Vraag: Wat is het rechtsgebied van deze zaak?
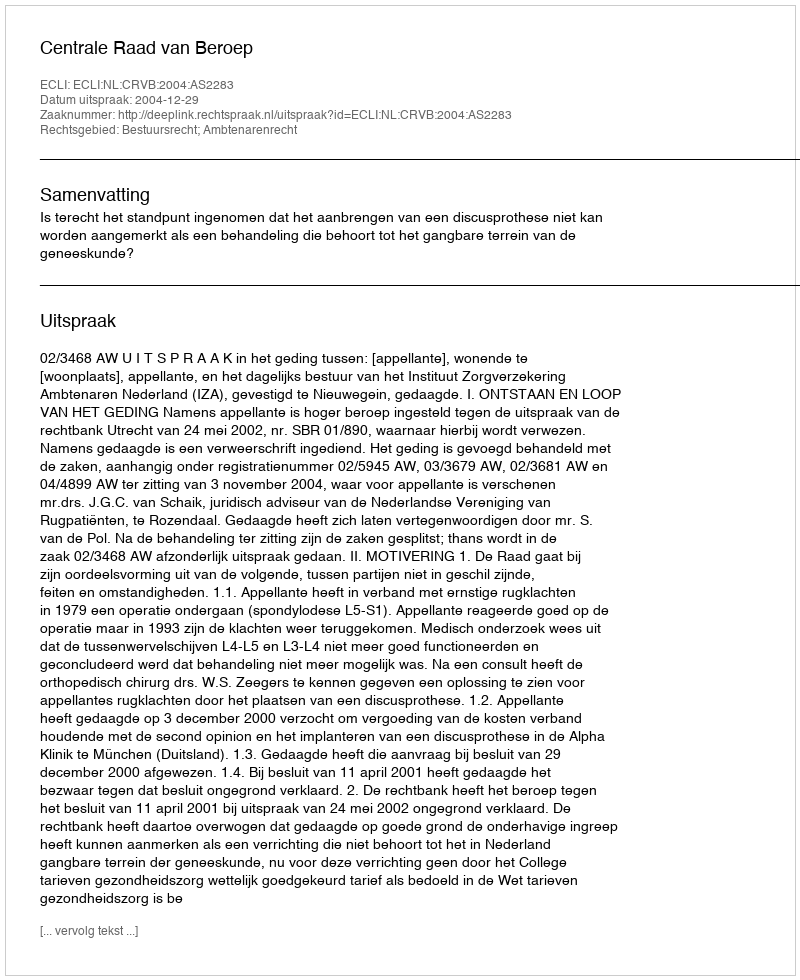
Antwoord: Bestuursrecht; Ambtenarenrecht